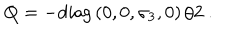
Q = - \mathrm { d i a g } \left( 0 , 0 , \sigma _ { 3 } , 0 \right) / 2 \ .